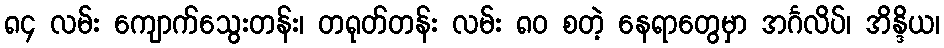
၈၄ လမ်း ကျောက်သွေးတန်း၊ တရုတ်တန်း လမ်း ၈၀ စတဲ့ နေရာတွေမှာ အင်္ဂလိပ်၊ အိန္ဒိယ၊